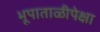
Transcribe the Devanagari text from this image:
भूपाताळीपेक्षा